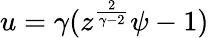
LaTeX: u=\gamma(z^{\frac{2}{\gamma-2}}\psi-1)